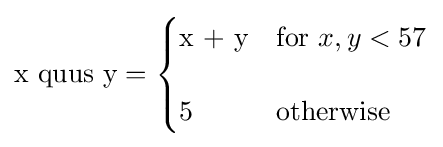
{\text{x quus y}}={\begin{cases}{\text{x + y}}&{\text{for }}x,y<57\\[12pt]5&{\text{otherwise}}\end{cases}}